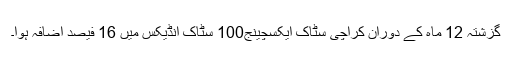
گزشتہ 12 ماہ کے دوران کراچی سٹاک ایکسچینج100 سٹاک انڈیکس میں 16 فیصد اضافہ ہوا۔